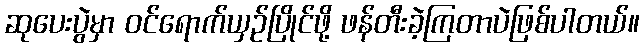
ဆုပေးပွဲမှာ ဝင်ရောက်ယှဉ်ပြိုင်ဖို့ ဖန်တီးခဲ့ကြတာပဲဖြစ်ပါတယ်။